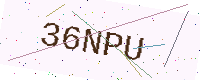
Text: 36NPU